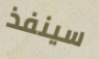
سينفذ